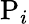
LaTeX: {\mathrm{P}}_{i}